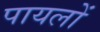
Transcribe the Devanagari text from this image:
पायलों